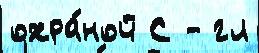
охра́ной С - гл